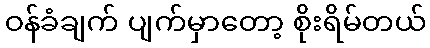
ဝန်ခံချက် ပျက်မှာတော့ စိုးရိမ်တယ်